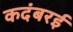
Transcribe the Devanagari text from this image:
कदंबरई